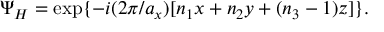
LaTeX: \Psi _ { H } = \exp \{ - i ( 2 \pi / a _ { x } ) [ n _ { 1 } x + n _ { 2 } y + ( n _ { 3 } - 1 ) z ] \} .